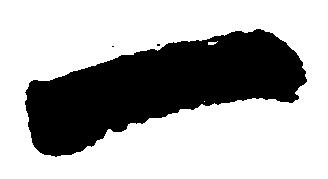
一